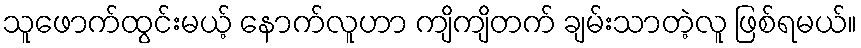
သူဖောက်ထွင်းမယ့် နောက်လူဟာ ကျိကျိတက် ချမ်းသာတဲ့လူ ဖြစ်ရမယ်။